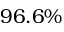
9 6 . 6 \%